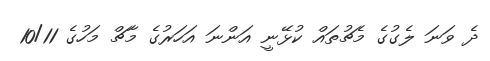
ދެ ވަނަ ލެގުގެ މެޗުތައް ކުޅޭނީ އަންނަ އަހަރުގެ މާޗް މަހުގެ 10/11